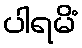
ပါရမိံ